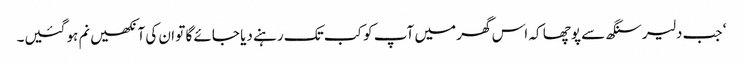
‘ جب دلیر سنگھ سے پوچھا کہ اس گھر میں آپ کو کب تک رہنے دیا جائے گا تو ان کی آنکھیں نم ہو گئیں۔